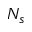
N _ { s }